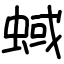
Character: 蜮